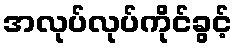
အလုပ်လုပ်ကိုင်ခွင့်